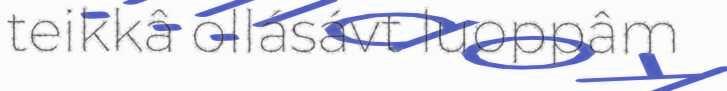
teikkâ ollásávt luoppâm